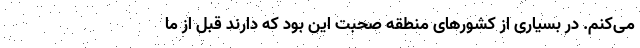
می‌کنم. در بسیاری از کشورهای منطقه صحبت این بود که دارند قبل از ما